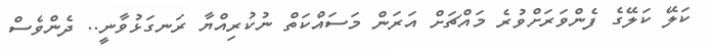
ކަލޭ ކަލޭގެ ފެންވަރަށްވުރެ މައްޗަށް އަރަން މަސައްކަތް ނުކުރިއްޔާ ރަނގަޅުވާނީ.. ދެންވެސް